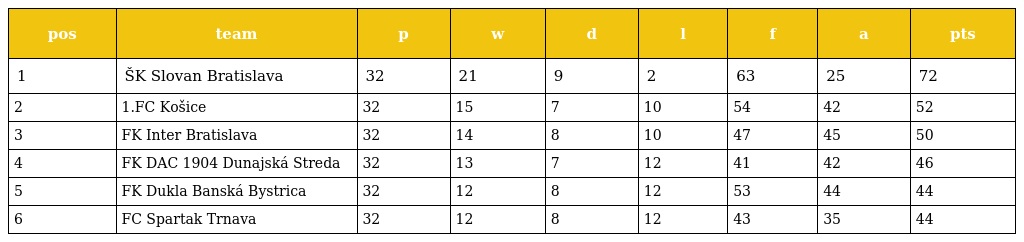
| pos | team | p | w | d | l | f | a | pts |
 | --- | --- | --- | --- | --- | --- | --- | --- | --- |
 | 1 | ŠK Slovan Bratislava | 32 | 21 | 9 | 2 | 63 | 25 | 72 |
 | 2 | 1.FC Košice | 32 | 15 | 7 | 10 | 54 | 42 | 52 |
 | 3 | FK Inter Bratislava | 32 | 14 | 8 | 10 | 47 | 45 | 50 |
 | 4 | FK DAC 1904 Dunajská Streda | 32 | 13 | 7 | 12 | 41 | 42 | 46 |
 | 5 | FK Dukla Banská Bystrica | 32 | 12 | 8 | 12 | 53 | 44 | 44 |
 | 6 | FC Spartak Trnava | 32 | 12 | 8 | 12 | 43 | 35 | 44 |